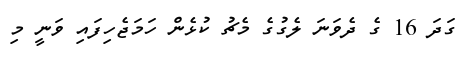
ގަދަ 16 ގެ ދެވަނަ ލެގުގެ މެޗު ކުޅެން ހަމަޖެހިފައި ވަނީ މި